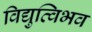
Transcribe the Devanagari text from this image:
विद्युत्विभव